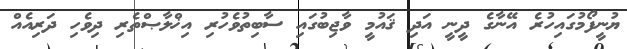
ޔުނީފޯމުގައިހުރެ އޭނާގެ ދީނީ އަދި ޤައުމީ ވާޖިބުގައި ސާބިތުވެހުރި އިޚްލާޞްތެރި ދިވެހި ދަރިއެއް